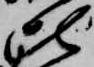
比